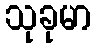
သုခုမာ